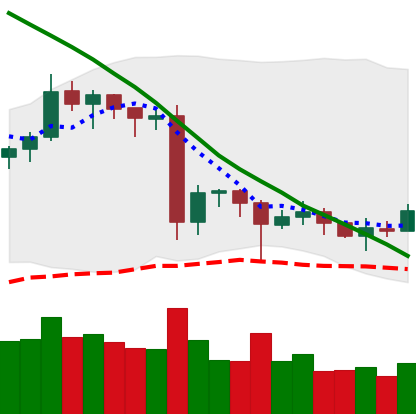
Ticker: EOS-USD
Chart end date: 2020-06-22
Forward return: -8.23%
Label: down_7plus